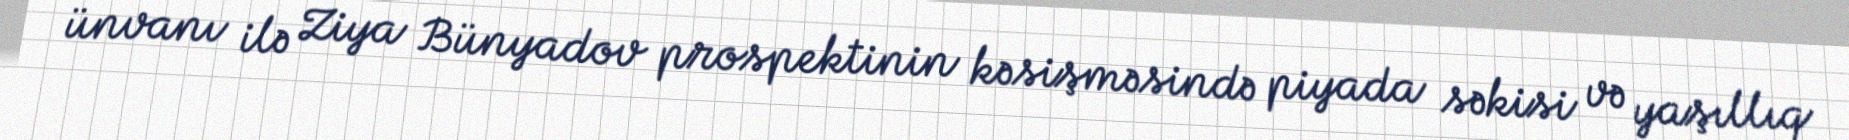
ünvanı ilə Ziya Bünyadov prospektinin kəsişməsində piyada səkisi və yaşıllıq